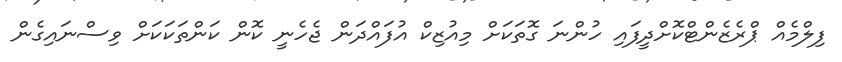
ފިލްމެއް ޕްރެޒެންޓްކޮށްދީފައި ހުންނަ ގޮތަކަށް މިއުޒިކް އުފައްދަން ޖެހެނީ ކޮން ކަންތަކަކަށް ވިސްނައިގެން